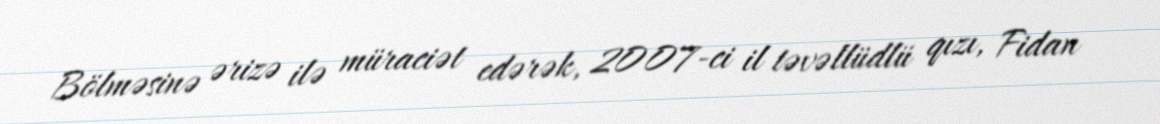
Bölməsinə ərizə ilə müraciət edərək, 2007-ci il təvəllüdlü qızı, Fidan